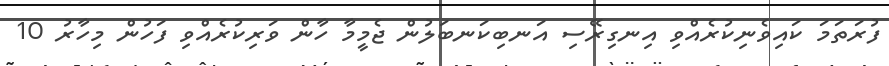
ފުރަތަމަ ކައިވެނިކުރެއްވި އިނގިރޭސި އަނބިކަނބަލުން ޖެމީމާ ހާން ވަރިކުރެއްވި ފަހުން މިހާރު 10